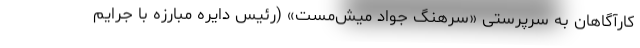
کارآگاهان به سرپرستی «سرهنگ جواد میش‌مست» (رئیس دایره مبارزه با جرایم